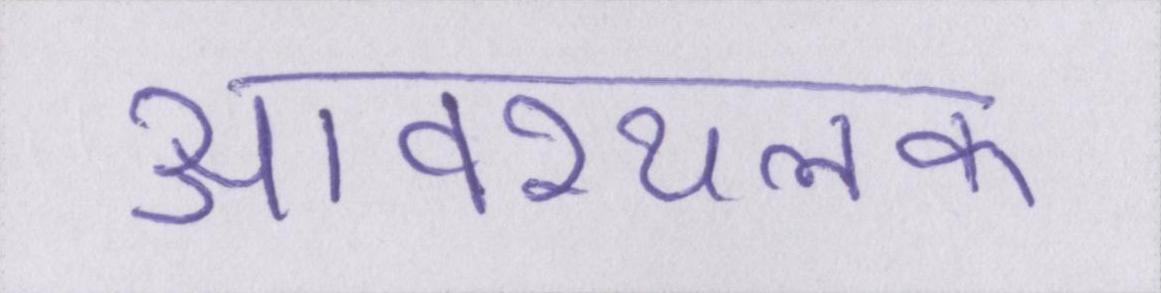
आवश्यलक